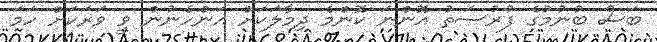
ބަސް ބުނުމުގެ ފުރުސަތު އޮންނަ ކޮންމެ ދިމާލަކަށް އަންހެނުން ވީ ވަރަކަށް ހަމަ